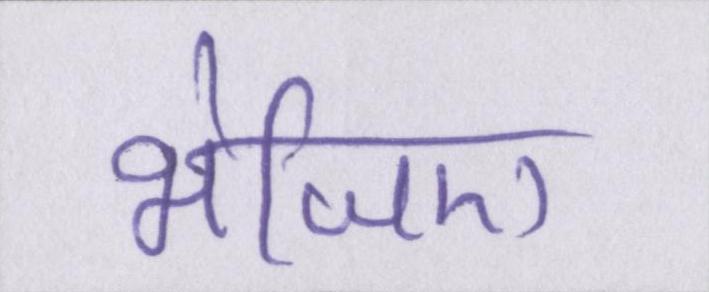
भेजिए